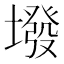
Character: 墢